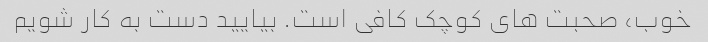
خوب، صحبت های کوچک کافی است. بیایید دست به کار شویم